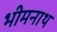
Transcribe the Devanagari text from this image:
भीमनाथ